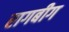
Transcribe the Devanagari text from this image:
रागबीग